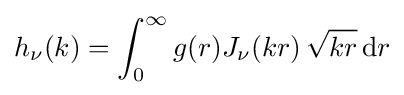
h_{\nu }(k)=\int _{0}^{\infty }g(r)J_{\nu }(kr)\,{\sqrt {kr}}\,\mathrm {d} r